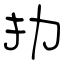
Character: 扐